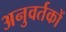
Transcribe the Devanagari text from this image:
अनुवर्तकों